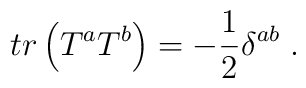
tr\left( T^a T^b\right) = -\frac12 \delta^{ab}\; .